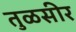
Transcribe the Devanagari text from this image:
तुळसीर